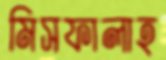
মিসফালাহ